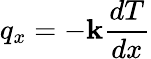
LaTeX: q_{x}=-\mathbf{k}{\frac{{dT}}{{dx}}}